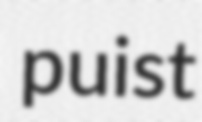
puist